Vaccination in Burma 1900-1911 - 1900-1911
Year: 1900
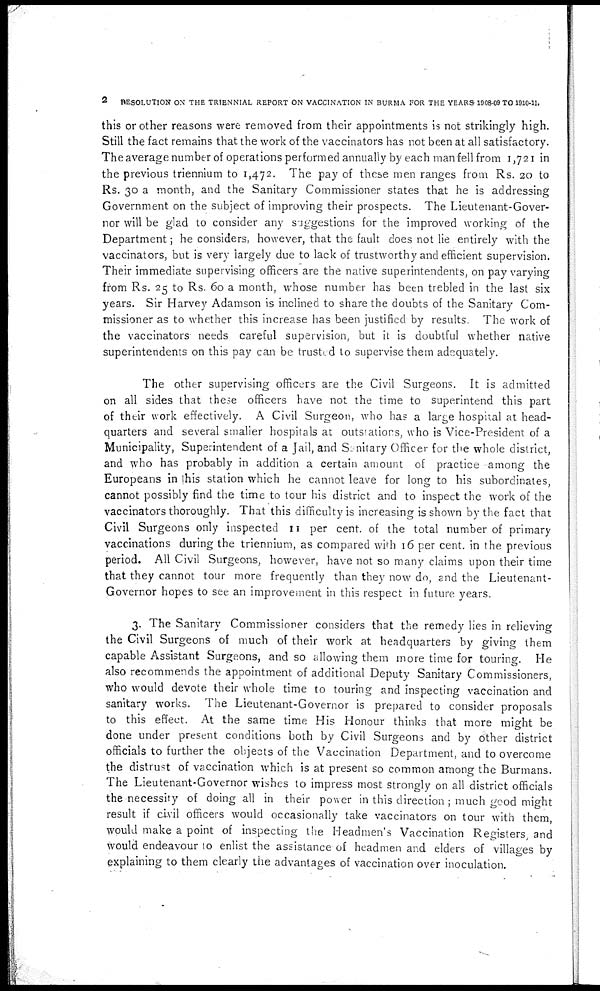
2
RESOLUTION ON THE TRIENNIAL REPORT ON VACCINATION IN BURMA FOR THE YEARS 1908-09 TO 1910-11.
this or other reasons were removed from their appointments is not strikingly high.
Still the fact remains that the work of the vaccinators has not been at all satisfactory.
The average number of operations performed annually by each man fell from 1,721 in
the previous triennium to 1,472. The pay of these men ranges from Rs. 20 to
Rs. 30 a month, and the Sanitary Commissioner states that he is addressing
Government on the subject of improving their prospects. The Lieutenant-Gover-
nor will be glad to consider any suggestions for the improved working of the
Department; he considers, however, that the fault does not lie entirely with the
vaccinators, but is very largely due to lack of trustworthy and efficient supervision.
Their immediate supervising officers are the native superintendents, on pay varying
from Rs. 25 to Rs. 60 a month, whose number has been trebled in the last six
years. Sir Harvey Adamson is inclined to share the doubts of the Sanitary Com-
missioner as to whether this increase has been justified by results. The work of
the vaccinators needs careful supervision, but it is doubtful whether native
superintendents on this pay can be trusted to supervise them adequately.
The other supervising officers are the Civil Surgeons. It is admitted
on all sides that these officers have not the time to superintend this part
of their work effectively. A Civil Surgeon, who has a large hospital at head-
quarters and several smaller hospitals at outstations, who is Vice-President of a
Municipality, Superintendent of a Jail, and Sanitary Officer for the whole district,
and who has probably in addition a certain amount of practice among the
Europeans in his station which he cannot leave for long to his subordinates,
cannot possibly find the time to tour his district and to inspect the work of the
vaccinators thoroughly. That this difficulty is increasing is shown by the fact that
Civil Surgeons only inspected 11 per cent. of the total number of primary
vaccinations during the triennium, as compared with 16 per cent. in the previous
period. All Civil Surgeons, however, have not so many claims upon their time
that they cannot tour more frequently than they now do, and the Lieutenant-
Governor hopes to see an improvement in this respect in future years.
3. The Sanitary Commissioner considers that the remedy lies in relieving
the Civil Surgeons of much of their work at headquarters by giving them
capable Assistant Surgeons, and so allowing them more time for touring. He
also recommends the appointment of additional Deputy Sanitary Commissioners,
who would devote their whole time to touring and inspecting vaccination and
sanitary works. The Lieutenant-Governor is prepared to consider proposals
to this effect. At the same time His Honour thinks that more might be
done under present conditions both by Civil Surgeons and by other district
officials to further the objects of the Vaccination Department, and to overcome
the distrust of vaccination which is at present so common among the Burmans.
The Lieutenant-Governor wishes to impress most strongly on all district officials
the necessity of doing all in their power in this direction ; much good might
result if civil officers would occasionally take vaccinators on tour with them,
would make a point of inspecting the Headmen's Vaccination Registers, and
would endeavour to enlist the assistance of headmen and elders of villages by
explaining to them clearly the advantages of vaccination over inoculation.